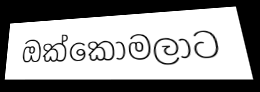
ඔක්කොමලාට